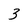
Character: 3